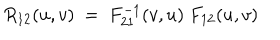
R _ { 1 2 } ( u , v ) \ = \ F _ { 2 1 } ^ { - 1 } ( v , u ) \ F _ { 1 2 } ( u , v )